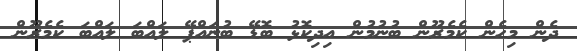
ދެން މިހެން ކެމެރޫން ބުނުމުން އިދިކޮޅު ބޮޑޭ ބުނައްޕޭ ލައްބަ ލައްބަ ކެމެރޫން